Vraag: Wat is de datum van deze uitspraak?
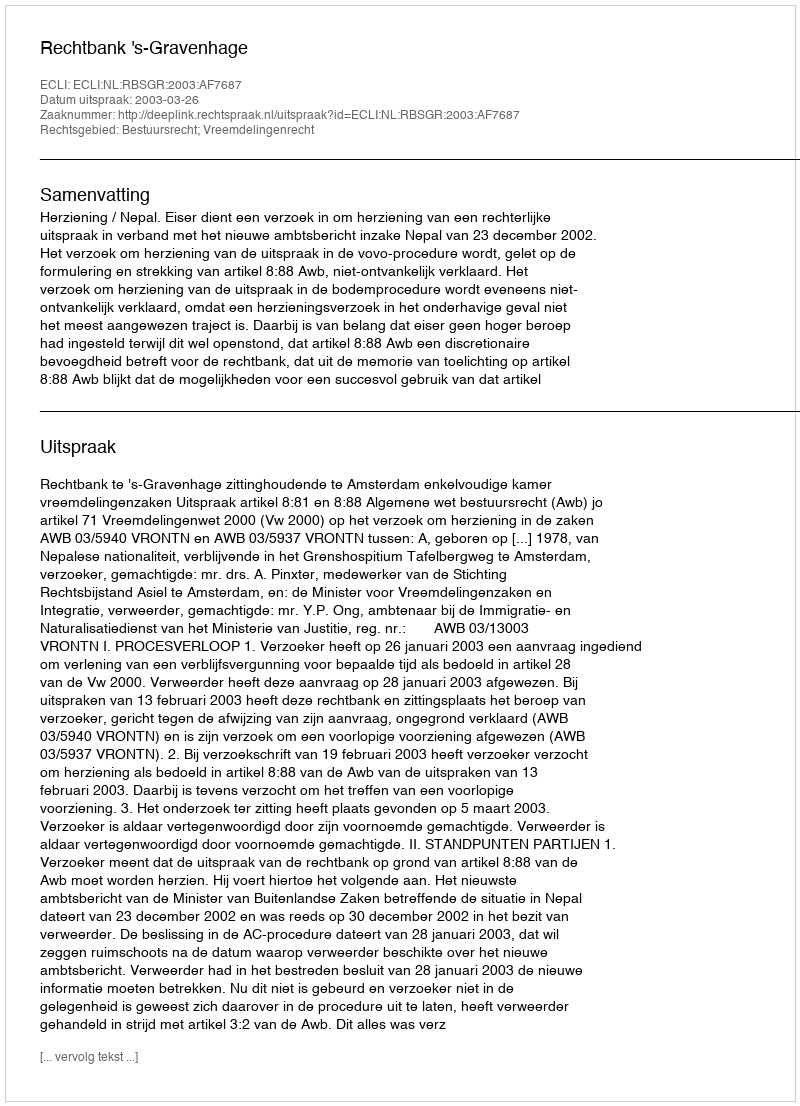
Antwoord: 2003-03-26